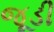
જૂડી